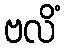
ဗလိံ